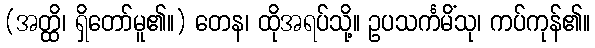
(အတ္ထိ၊ ရှိတော်မူ၏။) တေန၊ ထိုအရပ်သို့။ ဥပသင်္ကမိံသု၊ ကပ်ကုန်၏။